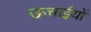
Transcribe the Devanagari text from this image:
ऊचाईयों